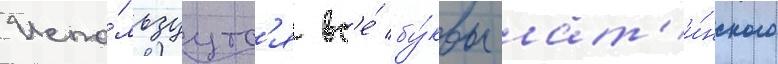
Испо́льзуутс'я вс'е́ бу́квы лат'и́нского